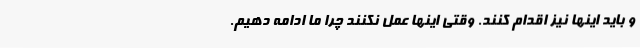
و باید اینها نیز اقدام کنند. وقتی اینها عمل نکنند چرا ما ادامه دهیم.